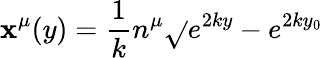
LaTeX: \mathbf{x}^{\mu}(y)={\frac{{1}}{{k}}}n^{\mu}\sqrt{}{{e^{2ky}-e^{2ky_{0}}}}